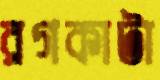
রগকাটা